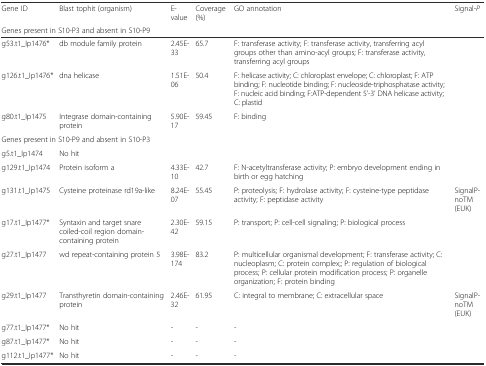
<table><thead><tr><td><b>Gene ID</b></td><td><b>Blast tophit (organism)</b></td><td><b>E-value</b></td><td><b>Coverage (%)</b></td><td><b>GO annotation</b></td><td><b>Signal-<i>P</i></b></td></tr><tr><td colspan="6"><b>Genes present in S10-P3 and absent in S10-P9</b></td></tr></thead><tbody><tr><td>g53.t1_Ip1476*</td><td>db module family protein</td><td>2.45E-33</td><td>65.7</td><td>F: transferase activity; F: transferase activity, transferring acyl groups other than amino-acyl groups; F: transferase activity, transferring acyl groups</td><td></td></tr><tr><td>g126.t1_Ip1476*</td><td>dna helicase</td><td>1.51E-06</td><td>50.4</td><td>F: helicase activity; C: chloroplast envelope; C: chloroplast; F: ATP binding; F: nucleotide binding; F: nucleoside-triphosphatase activity; F: nucleic acid binding; F:ATP-dependent 5’-3’ DNA helicase activity; C: plastid</td><td></td></tr><tr><td>g80.t1_Ip1475</td><td>Integrase domain-containing protein</td><td>5.90E-17</td><td>59.45</td><td>F: binding</td><td></td></tr><tr><td colspan="6">Genes present in S10-P9 and absent in S10-P3</td></tr><tr><td>g5.t1_Ip1474</td><td>No hit</td><td></td><td></td><td></td><td></td></tr><tr><td>g129.t1_Ip1474</td><td>Protein isoform a</td><td>4.33E-10</td><td>42.7</td><td>F: N-acetyltransferase activity; P: embryo development ending in birth or egg hatching</td><td></td></tr><tr><td>g131.t1_Ip1475</td><td>Cysteine proteinase rd19a-like</td><td>8.24E-07</td><td>55.45</td><td>P: proteolysis; F: hydrolase activity; F: cysteine-type peptidase activity; F: peptidase activity</td><td>SignalP-noTM (EUK)</td></tr><tr><td>g17.t1_Ip1477*</td><td>Syntaxin and target snare coiled-coil region domain-containing protein</td><td>2.30E-42</td><td>59.15</td><td>P: transport; P: cell-cell signaling; P: biological process</td><td></td></tr><tr><td>g27.t1_Ip1477</td><td>wd repeat-containing protein 5</td><td>3.98E-174</td><td>83.2</td><td>P: multicellular organismal development; F: transferase activity; C: nucleoplasm; C: protein complex;; P: regulation of biological process; P: cellular protein modification process; P: organelle organization; F: protein binding</td><td></td></tr><tr><td>g29.t1_Ip1477</td><td>Transthyretin domain-containing protein</td><td>2.46E-32</td><td>61.95</td><td>C: integral to membrane; C: extracellular space</td><td>SignalP-noTM (EUK)</td></tr><tr><td>g77.t1_Ip1477*</td><td>No hit</td><td>-</td><td>-</td><td>-</td><td></td></tr><tr><td>g87.t1_Ip1477*</td><td>No hit</td><td>-</td><td>-</td><td>-</td><td></td></tr><tr><td>g112.t1_Ip1477*</td><td>No hit</td><td>-</td><td>-</td><td>-</td><td></td></tr></tbody></table>